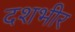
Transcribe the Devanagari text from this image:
दशभीर